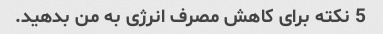
5 نکته برای کاهش مصرف انرژی به من بدهید.